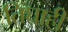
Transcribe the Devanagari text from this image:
तिघाही